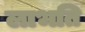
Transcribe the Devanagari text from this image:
लाभति